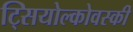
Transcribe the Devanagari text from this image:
ट्सियोल्कोवस्की